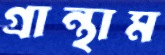
গ্রান্থাম